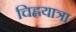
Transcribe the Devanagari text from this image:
चिह्लयात्रा